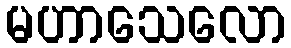
မဟာသေလော